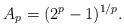
\begin{align*}A_p= (2^p-1)^{1/p}.\end{align*}